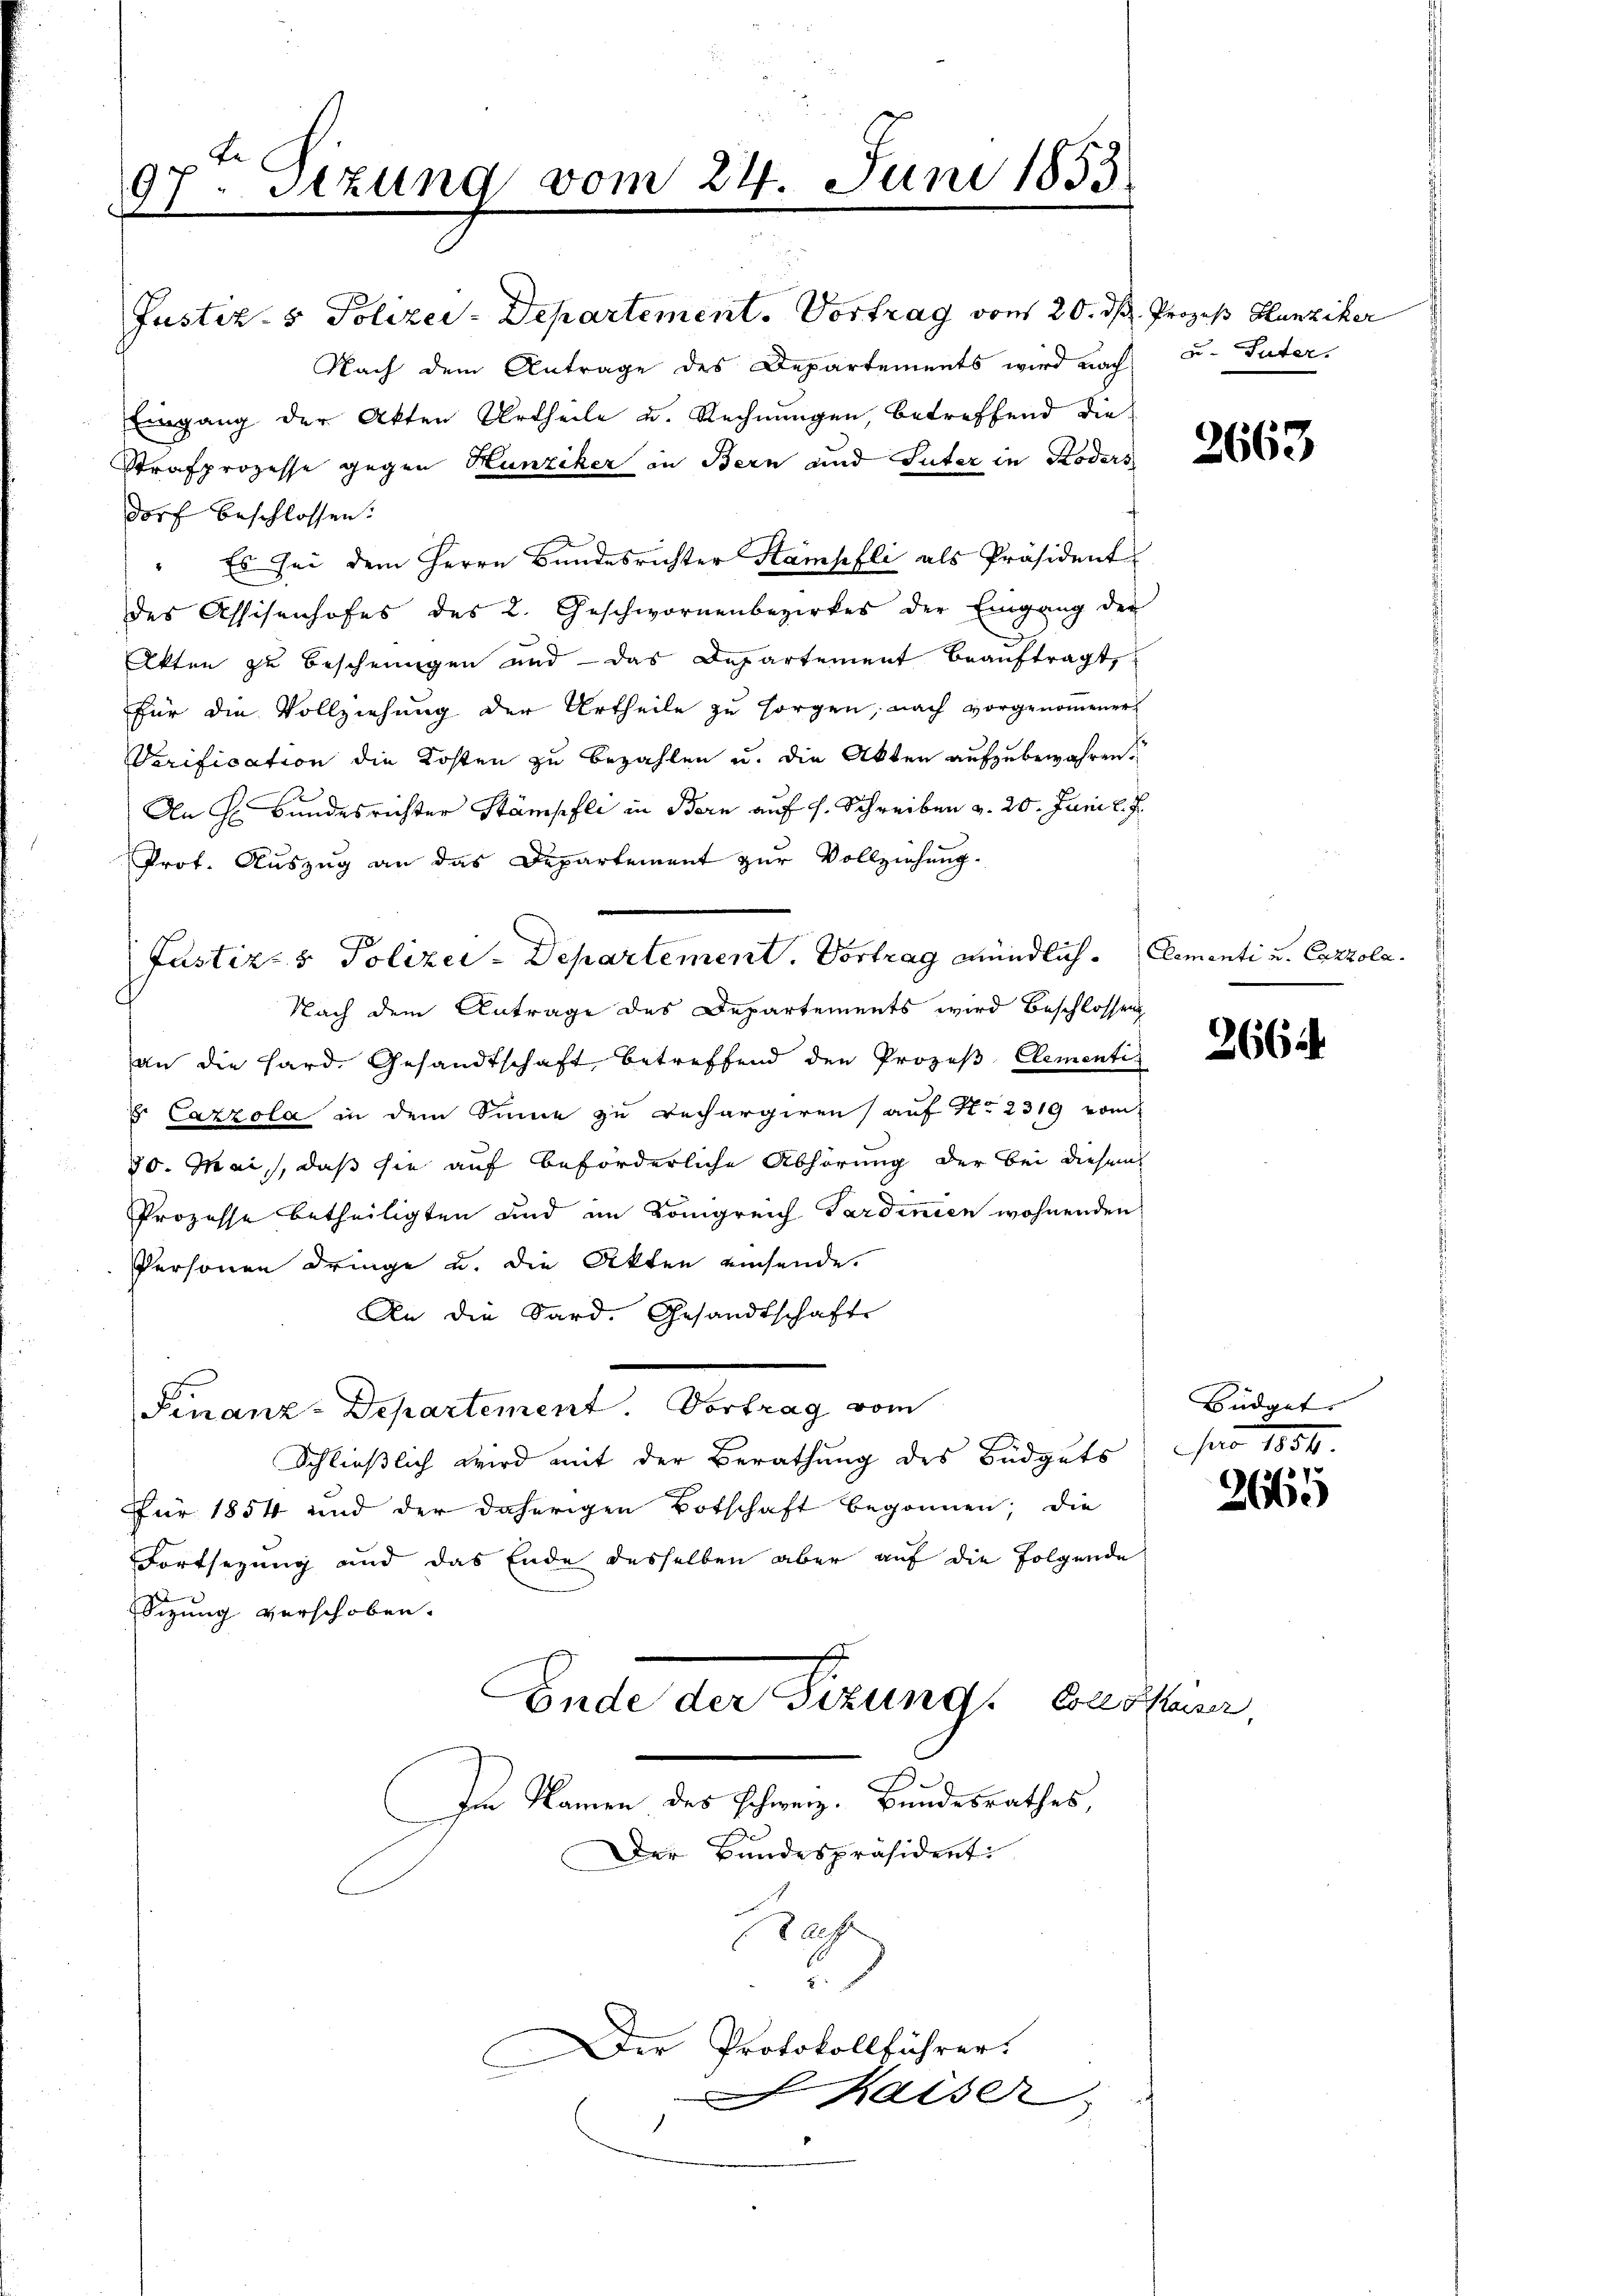
9rten Sizung vom 24. Juni 1853
.
1

Justiz- & Polizei-Departement. Vortrag von 20. dh. Prozeß Hlunziker
Nach dem Antrage des Departements wird nach u. Pater-
Eingang der Akten Urtheile u. Rechnungen, betreffend die
Strafprozesse gegen Hunziker in Bern und Suter in Koders
dorf beschlossen:
Es sei dem Herrn Bundesrichter Stampfli als Präsident
des Assisenhofes des 2. Geschwornenbezirkes der Eingang der
3
Akten zu beschnungen und - das Departement beauftragt,
für die Vollziehung der Urtheile zu sorgen, nach vorgenommener
Verification die Kosten zu bezahlen u. die Akten aufzubewahren.
An Hr. Bundesrichter Stämpfli in Bern auf s. Schreiben v. 20. Juni l. J.
Prot. Auszug an das Departement zur Vollziehung.
Nach dem Antrage des Departements wird Beschlossen
an die Hard. Gesandtschaft betreffend den Prozeβ- Clementi
. Cazzola in dem Sinne zu rechargiren auf No 2319 vom
30. Mai, daß sie auf beförderliche Abhörung der bei diesem
Prozesse betheiligten und im Königreich Ferdinien wohnenden
Personen dringe u. die Akten einsende.
An die Sard. Gesandtschafte
Finanz-Departement. Vortrag vom
Schließlich wird mit der Berathung des Büdgets
Für 1854 und der daherigen Botschaft begonnen; die
Fortsezung und das Ende desselben aber auf die Folgende
Sizung verschoben.
Ende der Fizung. Cassen,
Im Namen des Schweiz. Bundesrathes,
Der Bundespräsident:
aeft
6
Der Protokollführer.
haiser,
1

Justiz- & Polizei-Departement. Vortrag mündlich. Elementi u. Cazzola.

Büdge
fer 1834.

2663

2664

2665

l